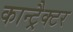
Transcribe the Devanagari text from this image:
कान्ट्रैक्टर